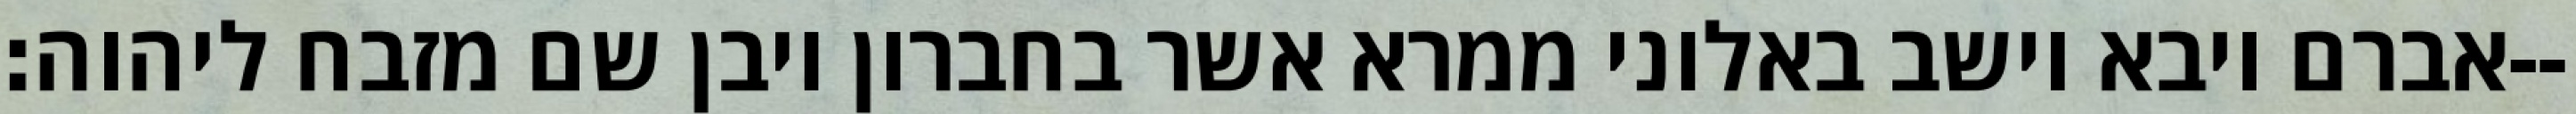
אברם ויבא וישב באלוני ממרא אשר בחברון ויבן שם מזבח ליהוה׃--